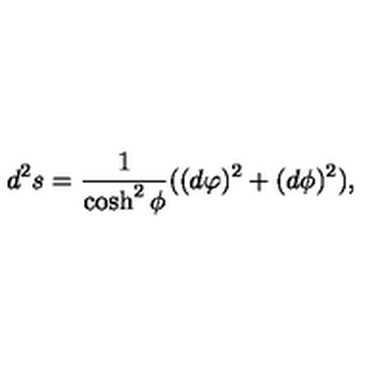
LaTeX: d ^ { 2 } s = \frac { 1 } { \cosh ^ { 2 } { \phi } } ( ( d \varphi ) ^ { 2 } + ( d \phi ) ^ { 2 } ) ,